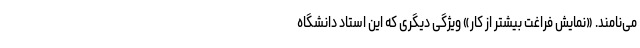
می‌نامند. «نمایش فراغت بیشتر از کار» ویژگی دیگری که این استاد دانشگاه